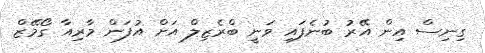
ގިނިސް އިން އޭރު ބުނެފައި ވަނީ ބްރެޒިލް އަށް އުފަން މާރިއާ ގޯމޭޒް